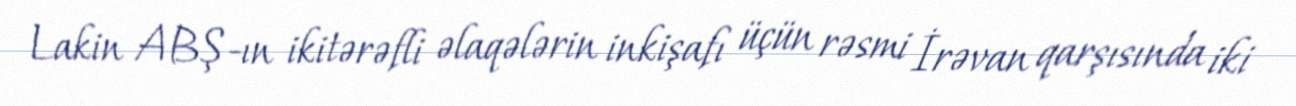
Lakin ABŞ-ın ikitərəfli əlaqələrin inkişafı üçün rəsmi İrəvan qarşısında iki